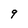
Character: 9